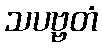
သပဗ္ဗတံ